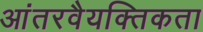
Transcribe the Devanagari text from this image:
आंतरवैयक्तिकता